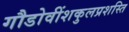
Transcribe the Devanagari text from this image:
गौडोवींशकुलप्रशस्ति